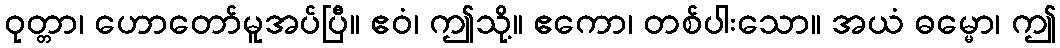
ဝုတ္တာ၊ ဟောတော်မူအပ်ပြီ။ ဧဝံ၊ ဤသို့။ ဧကော၊ တစ်ပါးသော။ အယံ ဓမ္မော၊ ဤ